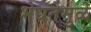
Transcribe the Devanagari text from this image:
भेद्यतेमुळे